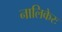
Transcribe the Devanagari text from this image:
नालिकेरः